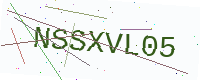
Text: NSSXVL05